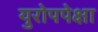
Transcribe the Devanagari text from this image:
युरोपपेक्षा